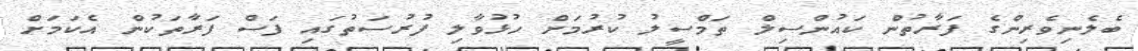
ބެލެނިވެރިންގެ ފަރާތުން ކައުންސިިލް ތަމްސީލު ކުރުމަށް ހުޅުވާލި ފުރުސަތުގައި ފަސް ފަރާތަކުން އެކަމަށް